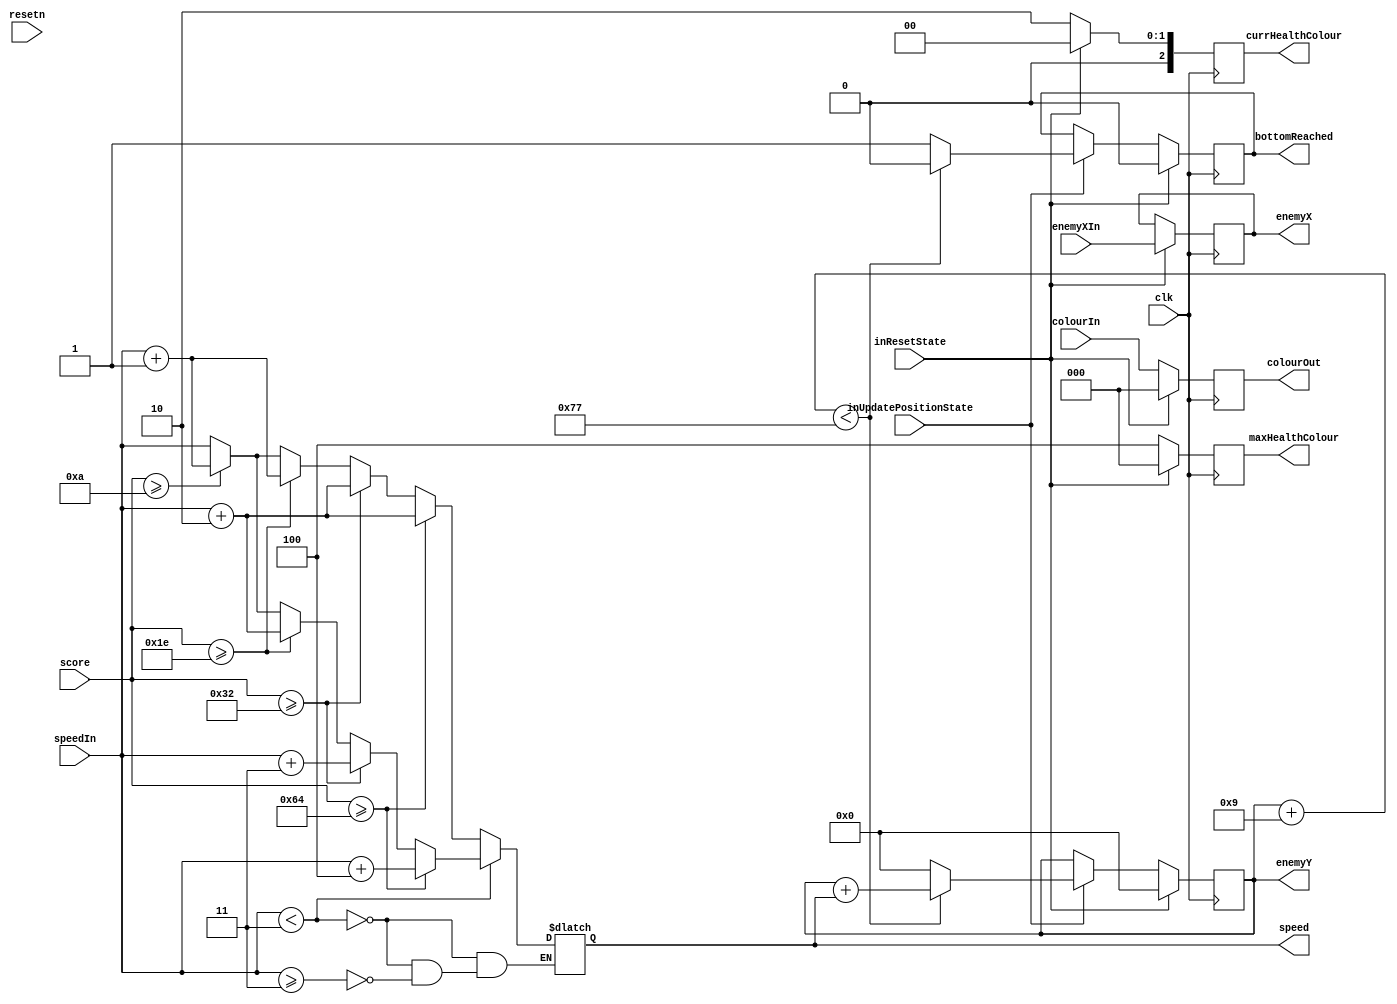
module enemyDatapath(clk, inResetState, inUpdatePositionState,
							enemyXIn, enemyX, enemyY, bottomReached, speedIn, speed, resetn, colourIn, colourOut, score, maxHealthColour, currHealthColour);
	
	input clk, inResetState, inUpdatePositionState, resetn;
	input [7:0] enemyXIn;
	output reg [3:0] speed;
	input [3:0] speedIn;
	input [2:0] colourIn;
	output [7:0] enemyX;
	output [6:0] enemyY;
	output reg [2:0] colourOut;
	output reg bottomReached;
	input [7:0] score;
	output reg [2:0] maxHealthColour, currHealthColour;
	
	reg [7:0] xOut;
	reg [6:0] yOut;
		
		
	always @(*)
	begin
		case (speedIn < 4'd3)
			1'b1:begin
				case(score >= 8'd100) 
					1'b1: speed = speedIn + 4;
					
					1'b0: begin
						case (score >= 8'd50)
							1'b1: speed = speedIn + 3;
							
							1'b0: begin
								case (score >= 8'd30)
									1'b1: speed = speedIn + 2;
									
									1'b0: begin
										case (score >= 8'd10)
											1'b1: speed = speedIn + 1;
											1'b0: speed = speedIn;
										endcase
									end
								endcase
							end
					
						endcase
					end
		
				endcase
			end
			
			1'b0: begin
						case (speedIn >= 3)
							1'b1:begin
								case(score >= 8'd100) 
									1'b1: speed = speedIn + 2;
					
									1'b0: begin
											case (score >= 8'd50)
												1'b1: speed = speedIn + 2;
							
												1'b0: begin
														case (score >= 8'd30)
															1'b1: speed = speedIn + 1;
									
															1'b0: begin
																case (score >= 8'd10)
																	1'b1: speed = speedIn + 1;
																	1'b0: speed = speedIn;
																endcase
															end
														endcase
												end
					
											endcase
										end
		
								endcase
							end
					
					1'b0: speed = speed;
				endcase
			end
		endcase
		
	end
		
	always @(posedge clk)
	begin
		if (inResetState) begin  
			xOut <= enemyXIn;
			bottomReached <= 0; 
         yOut <= 7'd0;
			colourOut <= 3'b000;
			maxHealthColour <= 3'b0;
			currHealthColour <= 3'b0;
			
		end
		else begin
			maxHealthColour <= 3'b100;
			currHealthColour <= 3'b010;
			if (inUpdatePositionState) begin 
				if (yOut + 7'd9 < 7'd119) begin
					yOut <= yOut + speed;
					bottomReached <= 0;
				end
				else begin
					yOut <= 0;
					bottomReached <= 1;
				end
			end
			
			colourOut <= colourIn;
		end
	end
	
	assign enemyX = xOut;
	assign enemyY = yOut;

endmodule